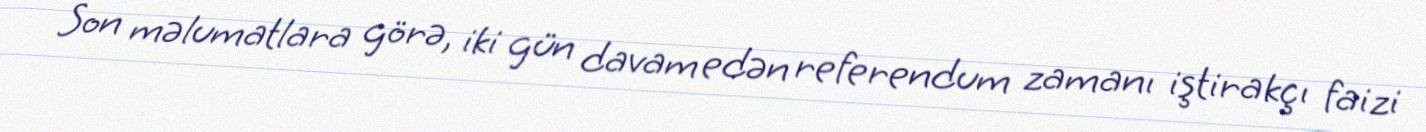
Son məlumatlara görə, iki gün davam edən referendum zamanı iştirakçı faizi